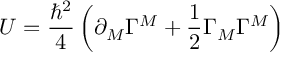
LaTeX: U = \frac { \hbar ^ { 2 } } { 4 } \left( \partial _ { M } \Gamma ^ { M } + \frac { 1 } { 2 } \Gamma _ { M } \Gamma ^ { M } \right)